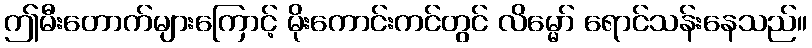
ဤမီးတောက်များကြောင့် မိုးကောင်းကင်တွင် လိမ္မော် ရောင်သန်းနေသည်။